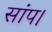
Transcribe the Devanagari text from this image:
सांप।